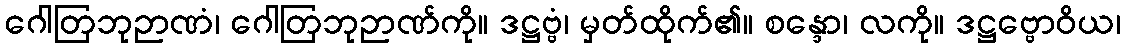
ဂေါတြဘုဉာဏံ၊ ဂေါတြဘုဉာဏ်ကို။ ဒဋ္ဌဗ္ဗံ၊ မှတ်ထိုက်၏။ စန္ဒော၊ လကို။ ဒဋ္ဌဗ္ဗောဝိယ၊